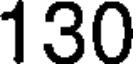
130